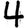
Digit: 4